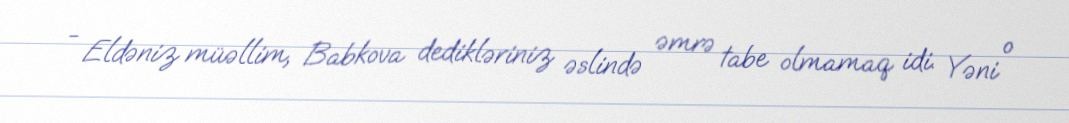
- Eldəniz müəllim, Babkova dedikləriniz əslində əmrə tabe olmamaq idi. Yəni o